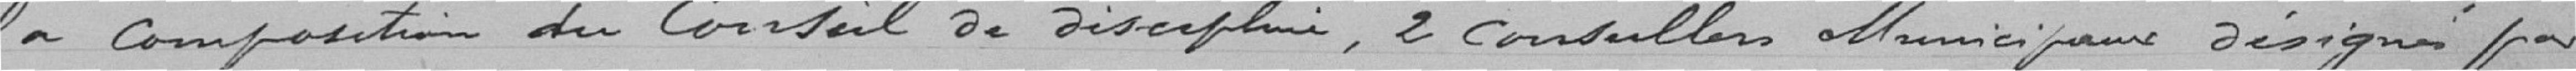
la composition du Conseil de discipline, 2 conseillers Municipaux désignés par